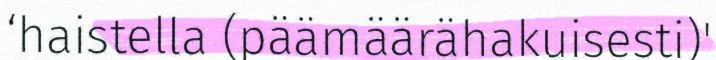
‘haistella (päämäärähakuisesti)'